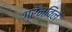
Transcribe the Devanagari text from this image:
ग्रॅनविल